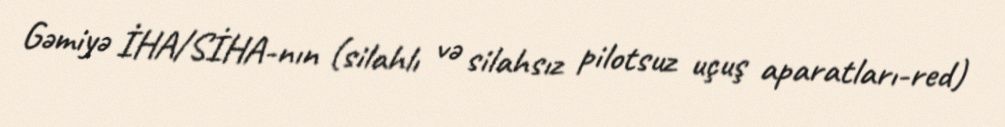
Gəmiyə İHA/SİHA-nın (silahlı və silahsız pilotsuz uçuş aparatları-red)